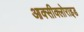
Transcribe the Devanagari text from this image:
आक्‍सीक्‍लोराइड